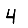
Digit: 4